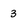
Character: 3